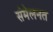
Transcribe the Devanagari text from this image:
संमेलनत